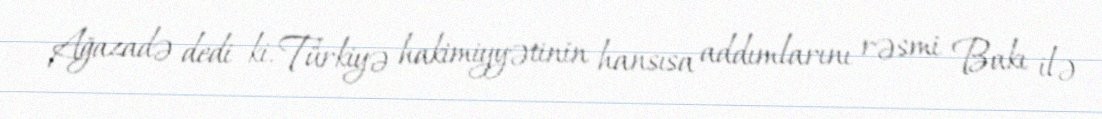
Ağazadə dedi ki, Türkiyə hakimiyyətinin hansısa addımlarını rəsmi Bakı ilə